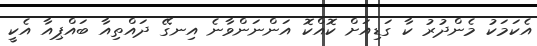
އެކަމަކު މެންދުރު ކާ ގަޑިއަށް ކޮއްކޮ އަންނަންވާނެ އިނގޭ ދައްތިއާ ބައްޕިއާ އެކީ